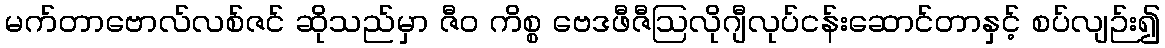
မက်တာဗောလ်လစ်ဇင် ဆိုသည်မှာ ဇီဝ ကိစ္စ ဗေဒဖီဇီဩလိုဂျီလုပ်ငန်းဆောင်တာနှင့် စပ်လျဉ်း၍